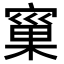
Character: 𭔐